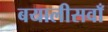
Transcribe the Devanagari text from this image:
बयालीसवाँ